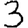
Digit: 3